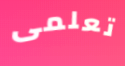
تعلمى